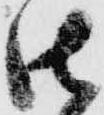
御